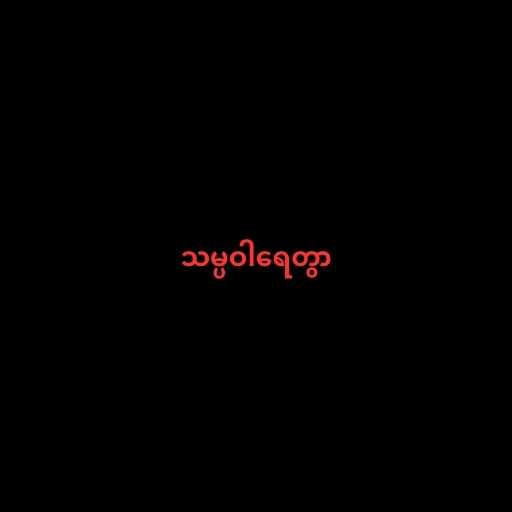
သမ္ပဝါရေတွာ